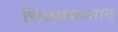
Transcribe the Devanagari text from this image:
चित्रमयजगत्‌